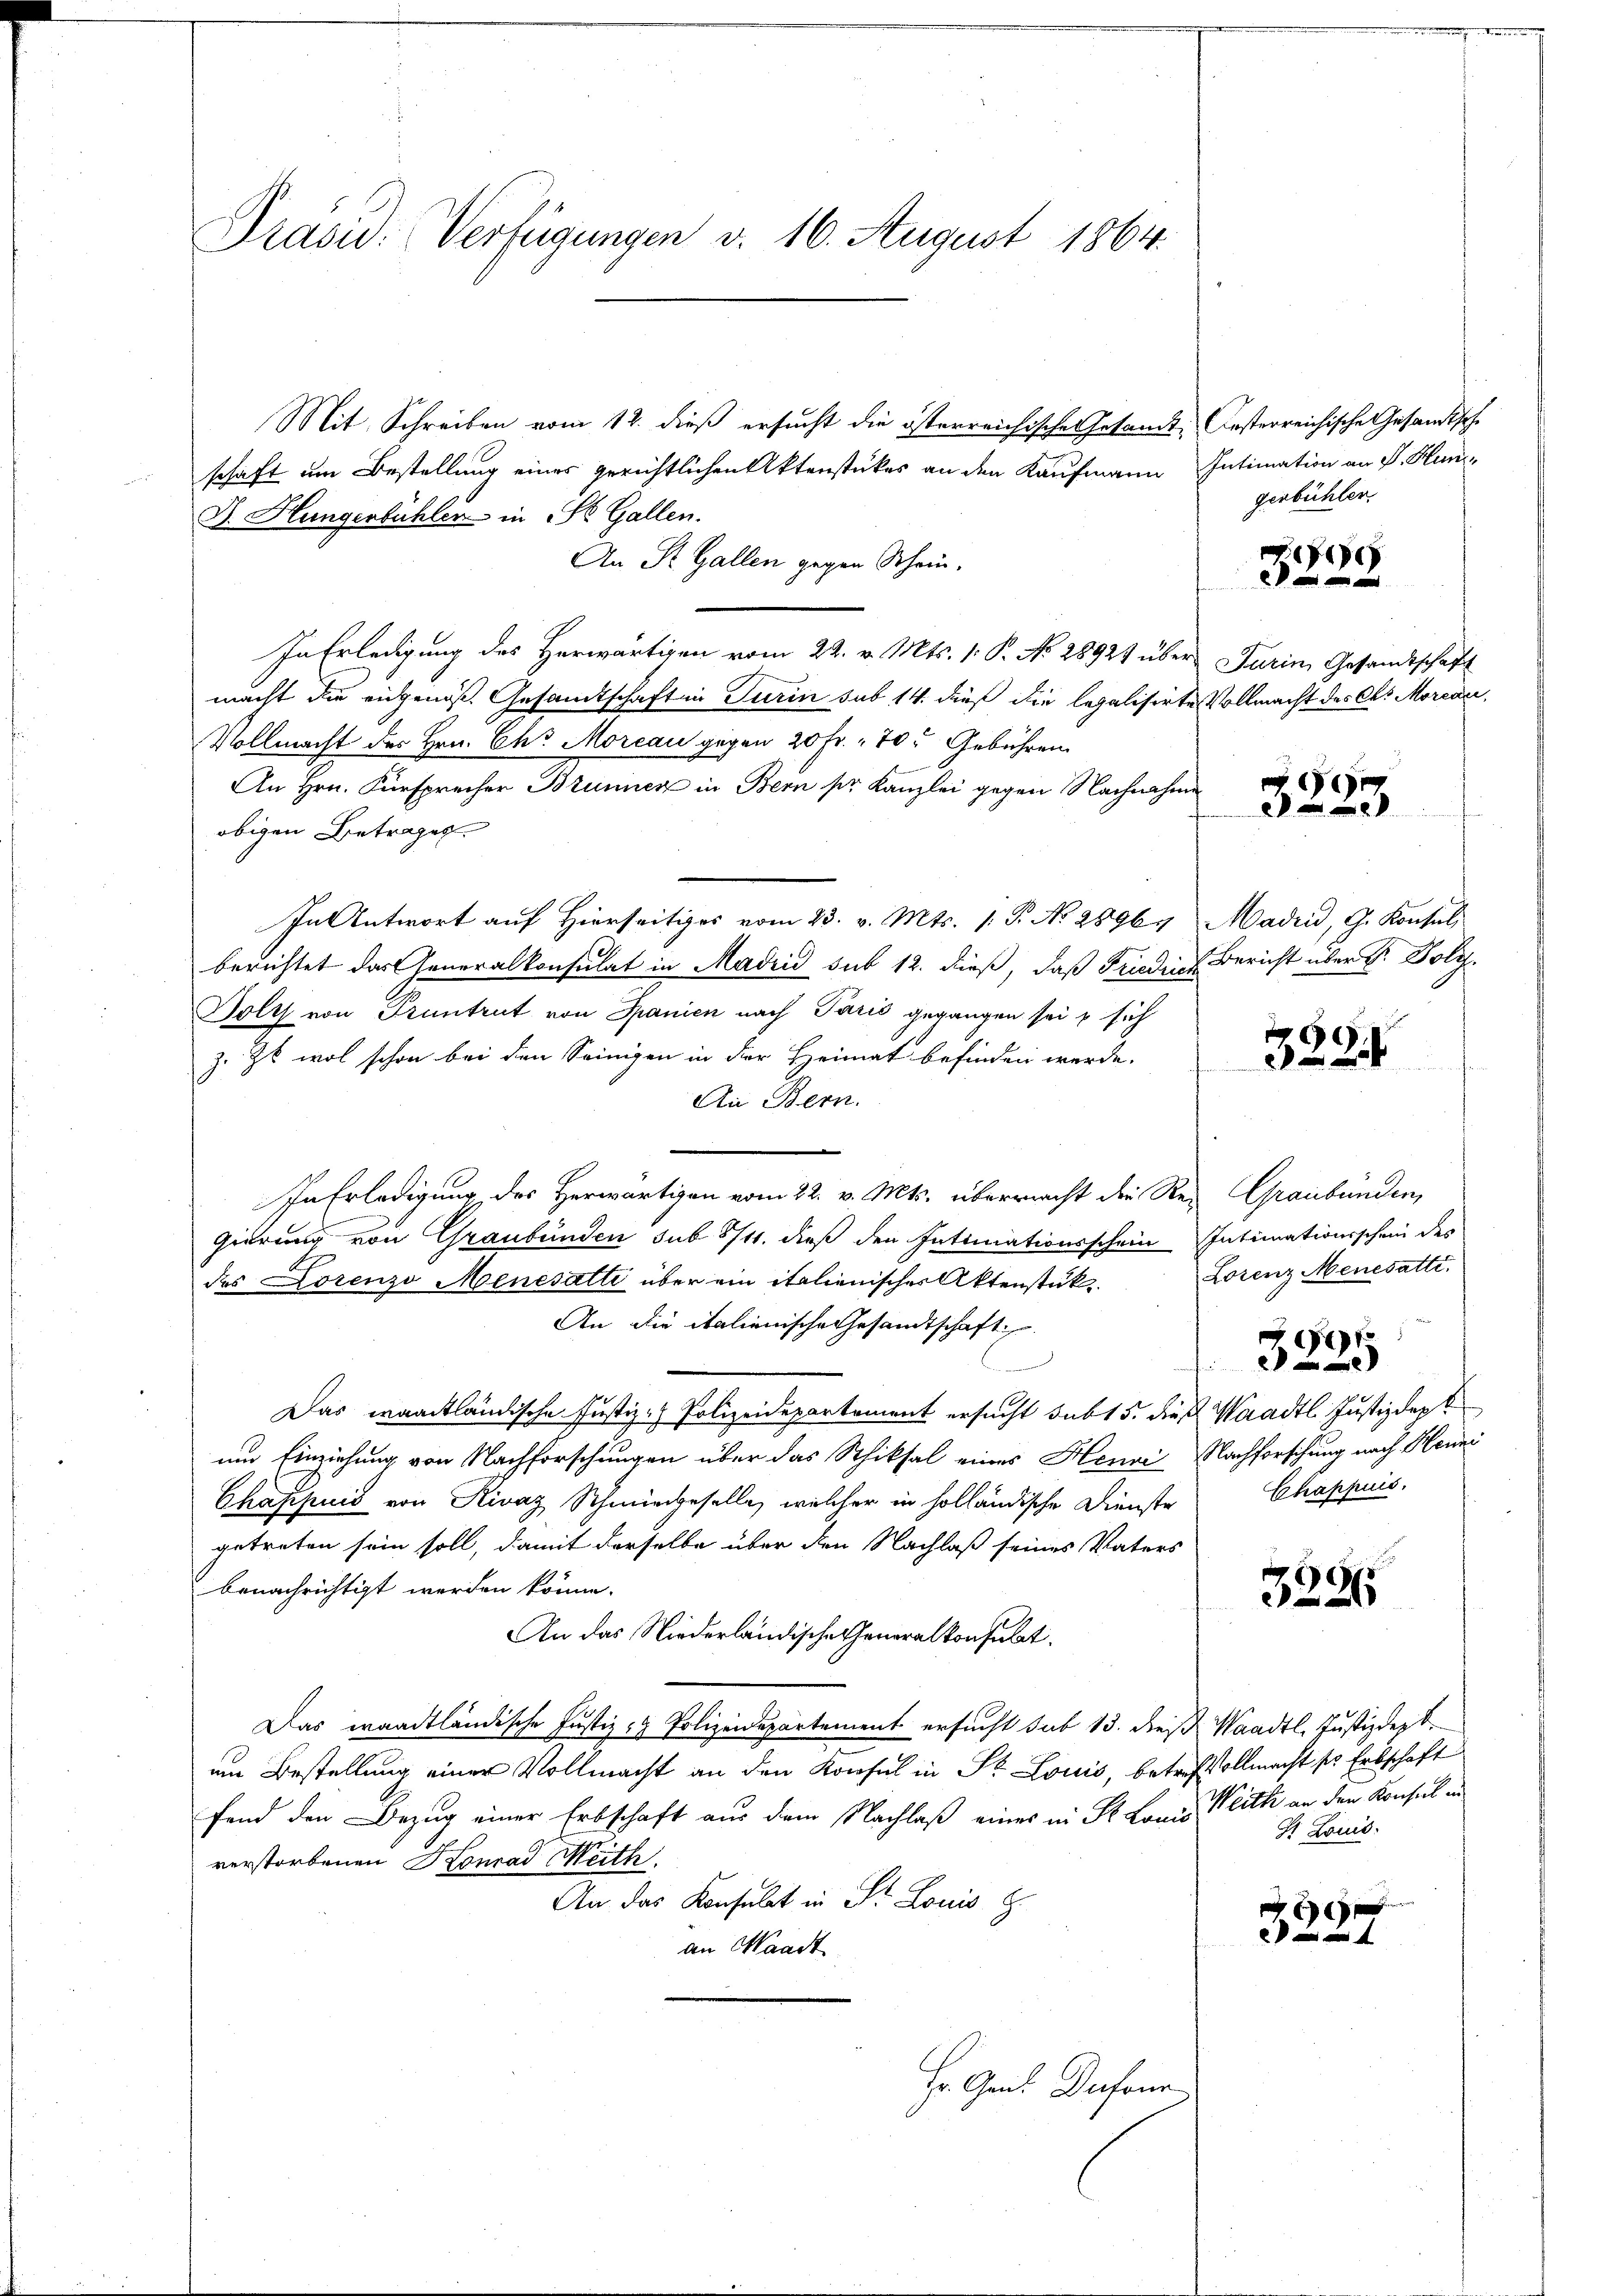
Präsid. Verfügungen v. 16. August 1864.

Mit Schreiben vom 12. dieß ersucht die österreichisches Gesandt, Gesterreichische Gesandtsche
schaft um Bestellung eines gerichtlichen Aktenstückes an den Kaufmann Intimation an P. Han¬
J. Hungenbühlen in St. Gallen.
An St. Gallen gegen Schein.
In Erledigung des Herwärtigen vom 22. v. Mts. 1. P. No. 28921 über Furin, Gesandtschaft
macht die eigens. Gesamtschaften Turin sub 14. dieß die legalisirte Vollmacht des C. Morener,
Vollmacht des Hrn. Chr. Morcan gegen 20 Fr. 70. Gebühren
An Hrn. Fürsprecher Brunnen in Bern pr. Kanzlei gegen Nachnahme
obigen Betrages
In Antwort auf Hierseits vom 23. v. Mts. 1. P. No 2896/
berichtet das Generalkonsulat in Madrid sub 12. dieß, daß Frieden Bericht über Sr. Doly
Tolys von Pruntrut von Spanien nach Paris gegangen sei & sich
z. Zt. wol schon bei den Seinigen in der Heimat befinden werde.
An Bern.
In Erledigung des Herwärtigen vom 22. v. Mts. überrecht die Red Graubünden,
gierung von Graubünden sub 874. dieß den Intimationsschein Intimationsschein des
des Lorenzo Menesatte über ein italienischer Aktenstük¬
An die italienische Gesandtschaft
Das waadtländische Justiz- Polizeidepartement ersucht subt 5. dies Waadt Justizdept
um Einziehung von Nachforschungen über das Schiksal eines Henri
Chaschnis von Rivaz Schmiedgeselle, welcher in holländische Dienste
getreten sein soll, damit derselbe über den Nachlaß seines Vaters
benachrichtigt werden könne.
An das Niederländische Generalkonsulat.
Das waadtländische Justiz- & Polizeidepartement ersucht sub 13. dies Waadt. Justizdept.
um Bestellung einer Vollmacht an den Konsul in Dr. Louis, betreffvollmacht so Erbschaft
fand den Bezug einer Erbschaft aus dem Nachlaß eines in St. Louis Weith an den Konsul in
verstorbenen Konrad Meith.
An das Konsulat in St. Louis p
an Waadt
Hr. Gen. Dufour

gerbühler,

1

)
2

Maden, G. Konsul

328

Lorenz Menesatte.

Nachforschung nach Henni
Chappuis.

)

3296

St. Louis

1
2f 0 x